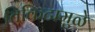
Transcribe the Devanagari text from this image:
तिकिटामुळे